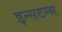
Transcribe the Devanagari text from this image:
इन्सटन्स